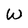
Character: W